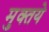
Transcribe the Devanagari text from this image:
मुक्तये